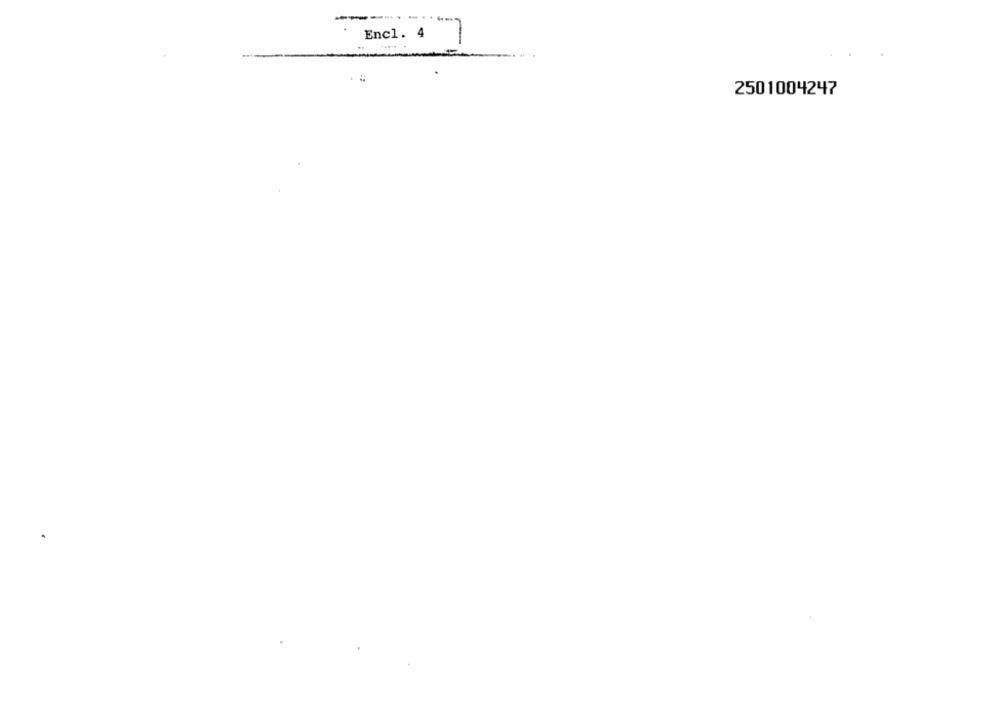
.....
Encl. 4
-
2501004247